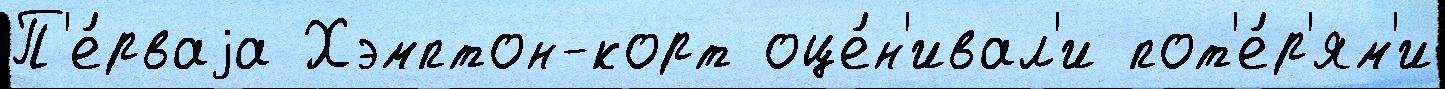
П'е́рваjа Хэмптон-корт оце́н'ивал'и пот'е́р'ям'и